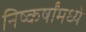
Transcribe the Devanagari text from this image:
निष्कर्षांमध्ये